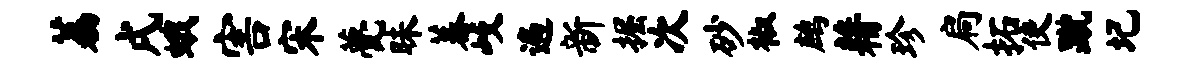
荔戌蛾害宋甍昧蓁歧遍新掘次砂椒鹧藉珍扃拓使蹴圮